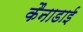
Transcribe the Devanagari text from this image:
कैनाडाई